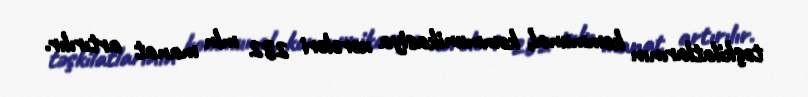
təşkilatlarının kommunal, kommunikasiya xərcləri 282 mln manat artırılır.